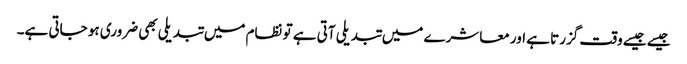
جیسے جیسے وقت گزرتا ہے اور معاشرے میں تبدیلی آتی ہے تو نظام میں تبدیلی بھی ضروری ہو جاتی ہے۔